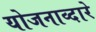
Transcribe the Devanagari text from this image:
योजनाव्दारे